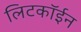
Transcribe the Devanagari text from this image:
लिटकॉईन